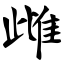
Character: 雌